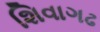
શિવાગઢ